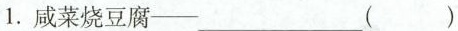
1. 咸菜烧豆腐—___（）